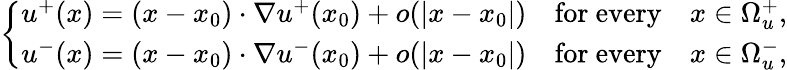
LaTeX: \left\{ \begin{array}{ll}{u^{+}(x)=(x-x_{0})\cdot\nabla u^{+}(x_{0})+o(|x-x_{0}|)\quad\mathrm{for~every}\quad x\in\Omega_{u}^{+},}\\ {u^{-}(x)=(x-x_{0})\cdot\nabla u^{-}(x_{0})+o(|x-x_{0}|)\quad\mathrm{for~every}\quad x\in\Omega_{u}^{-},}\end{array}\right.